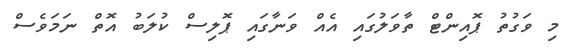
މި ވަގުތު ޕޮއިންޓް ތާވަލުގައި އެއް ވަނާގައި ޕޮލިސް ކުލަބު އޮތް ނަމަވެސް